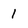
Character: 1